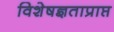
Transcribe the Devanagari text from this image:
विशेषज्ञताप्राप्त